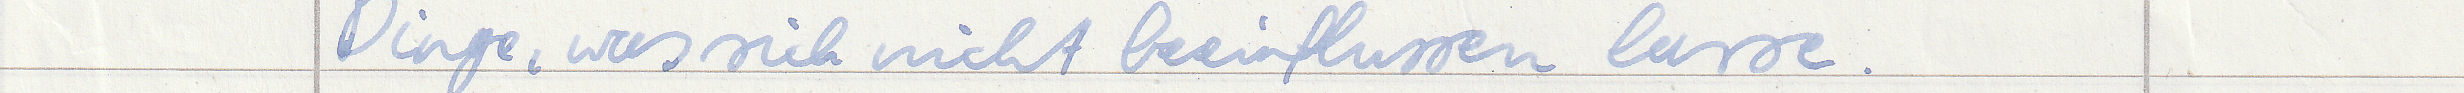
Dinge, was sich nicht beeinflussen lasse.